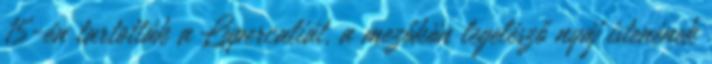
15-én tartották a Lupercaliát, a mezőkön legelésző nyáj istenének